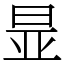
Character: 㫫